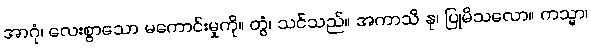
အာဂုံ၊ လေးစွာသော မကောင်းမှုကို။ တွံ၊ သင်သည်။ အကာသိ နု၊ ပြုမိသလော။ ကသ္မာ၊